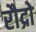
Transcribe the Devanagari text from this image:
रौद्रो